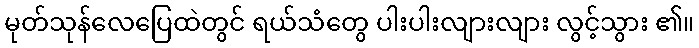
မုတ်သုန်လေပြေထဲတွင် ရယ်သံတွေ ပါးပါးလျားလျား လွင့်သွား ၏။